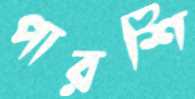
পারশি